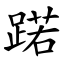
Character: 蹃